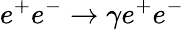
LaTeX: e^{+}e^{-}\to\gamma e^{+}e^{-}